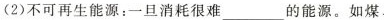
(2)不可再生能源：一旦消耗很难___的能源。如煤、